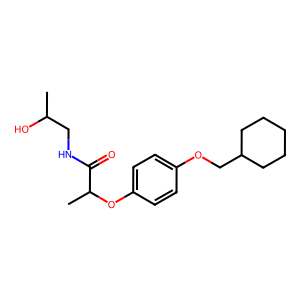
SMILES: CC(O)CNC(=O)C(C)Oc1ccc(OCC2CCCCC2)cc1
Inhibits HIV replication: No